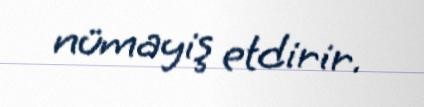
nümayiş etdirir.